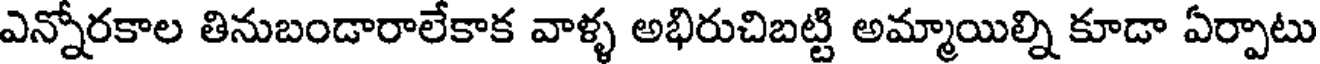
ఎన్నోరకాల తినుబండారాలేకాక వాళ్ళ అభిరుచిబట్టి అమ్మాయిల్ని కూడా ఏర్పాటు